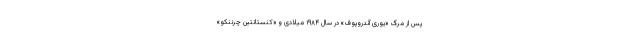
پس از مرگ «یوری آندروپوف» در سال ۱۹۸۴ میلادی و «کنستانتین چرننکو»